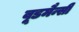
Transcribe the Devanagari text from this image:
वूडमैन्सी